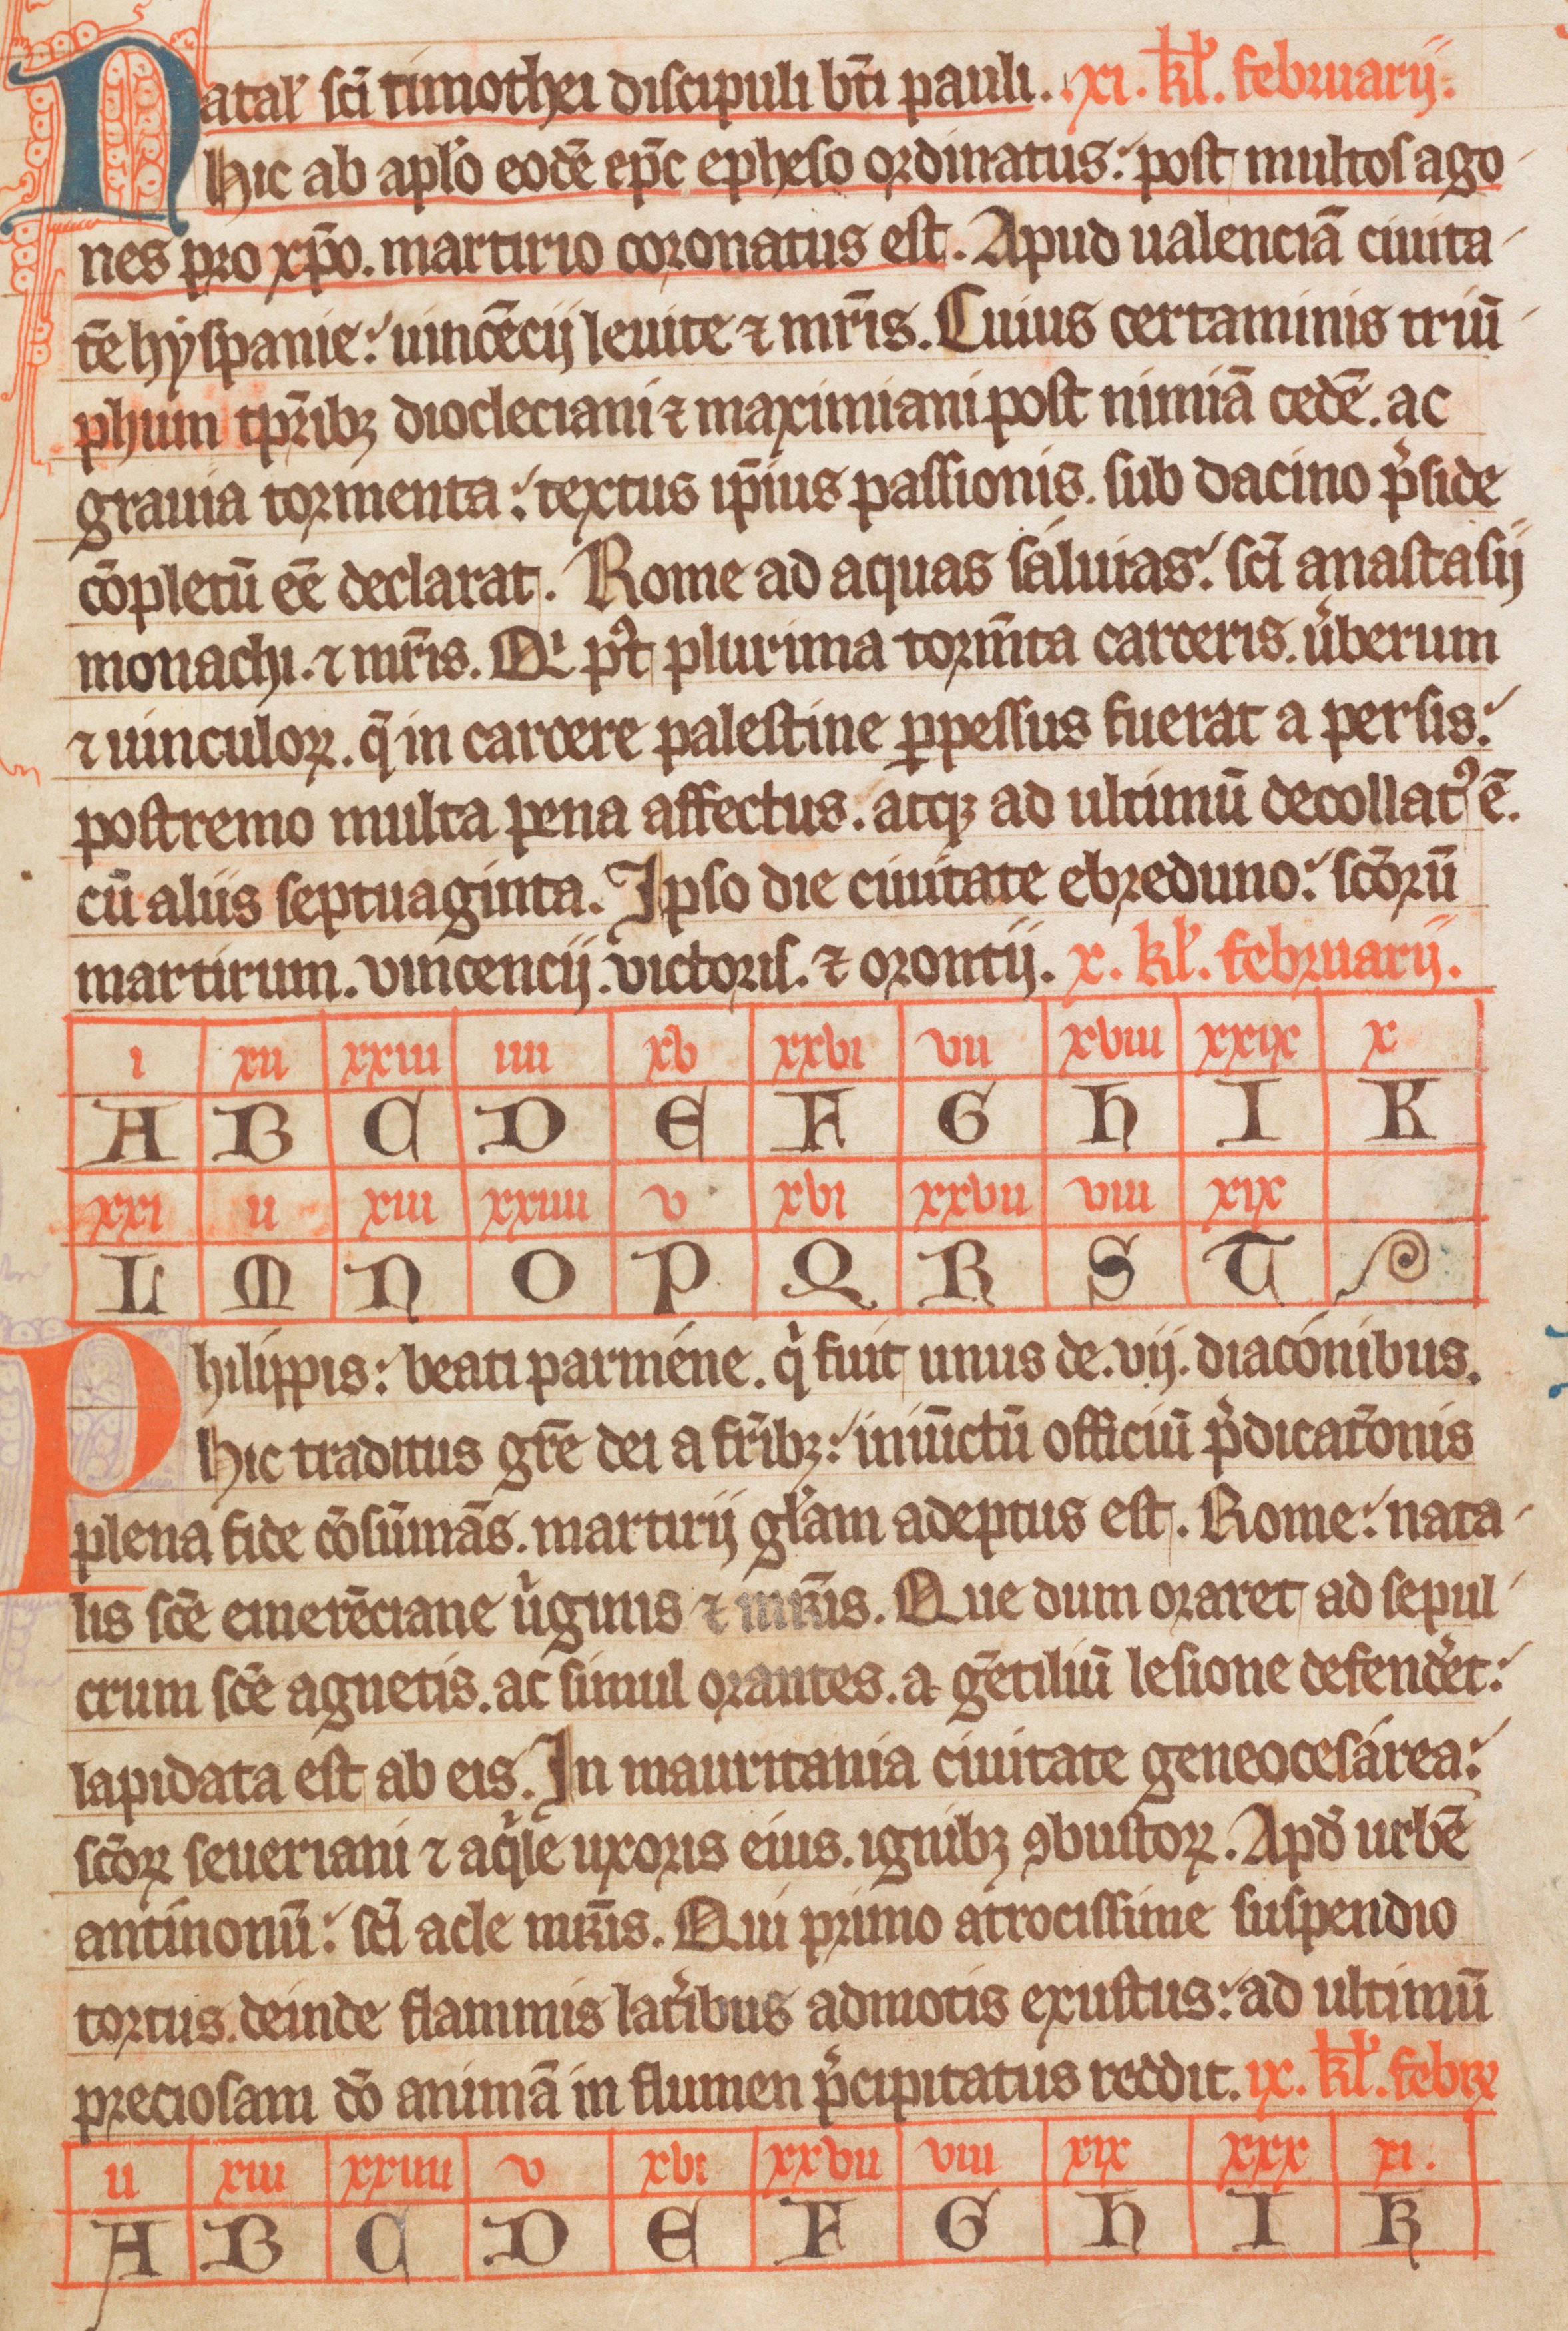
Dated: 1338–1338